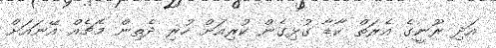
އަދި ރޫނީގެ އެރަތް ކާޑާ ގުޅިގެން ކުރިއަށް ހުރި ދެތިން މެޗެއް އޭނައަށް